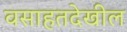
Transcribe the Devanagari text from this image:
वसाहतदेखील